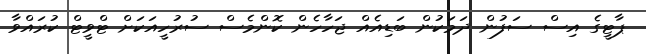
ޕާޓީގެ އިސް ސަފުން ދަމަކުން ބަޑިއެއް ޖަހާހެން ކޮންމެސް ސުރުހީއަކަށް ޓްވީޓް ކުރައްވާ